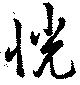
恍